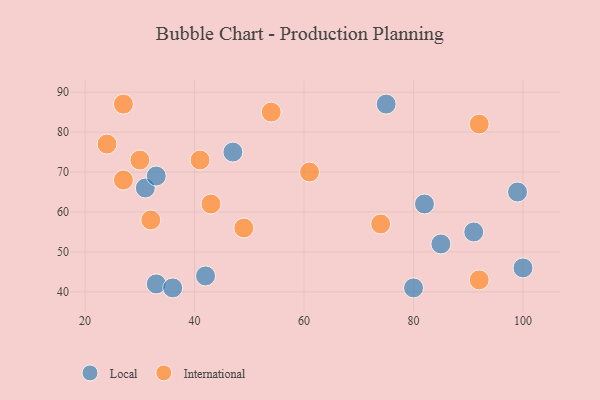
{"axis": {"x": "GDP", "y": "Life Expectancy"}, "legend": ["International", "Local"], "data": [{"x": "75", "y": 87, "type": "Local"}, {"x": "99", "y": 65, "type": "Local"}, {"x": "33", "y": 42, "type": "Local"}, {"x": "42", "y": 44, "type": "Local"}, {"x": "31", "y": 66, "type": "Local"}, {"x": "47", "y": 75, "type": "Local"}, {"x": "36", "y": 41, "type": "Local"}, {"x": "91", "y": 55, "type": "Local"}, {"x": "100", "y": 46, "type": "Local"}, {"x": "82", "y": 62, "type": "Local"}, {"x": "85", "y": 52, "type": "Local"}, {"x": "33", "y": 69, "type": "Local"}, {"x": "80", "y": 41, "type": "Local"}, {"x": "43", "y": 62, "type": "International"}, {"x": "27", "y": 87, "type": "International"}, {"x": "92", "y": 82, "type": "International"}, {"x": "74", "y": 57, "type": "International"}, {"x": "49", "y": 56, "type": "International"}, {"x": "61", "y": 70, "type": "International"}, {"x": "27", "y": 68, "type": "International"}, {"x": "54", "y": 85, "type": "International"}, {"x": "41", "y": 73, "type": "International"}, {"x": "92", "y": 43, "type": "International"}, {"x": "32", "y": 58, "type": "International"}, {"x": "30", "y": 73, "type": "International"}, {"x": "24", "y": 77, "type": "International"}]}